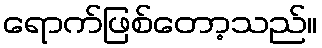
ရောက်ဖြစ်တော့သည်။